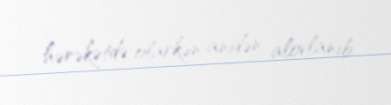
hərəkətdə olarkən anidən alovlanıb.